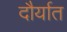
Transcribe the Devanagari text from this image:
दौर्यात